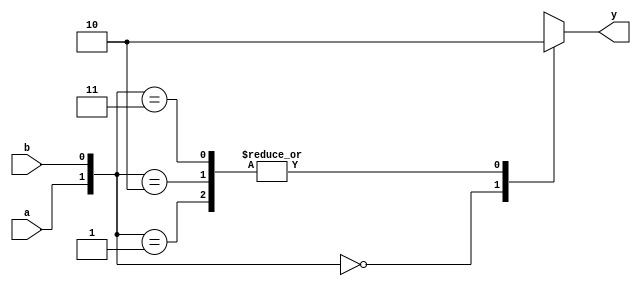
module norgate(a,b,y);
  
  input a,b;
  output reg y;
  
  always @ (a,b)
    begin
      case({a,b})
        2'b00: y=1;
        2'b01: y=0;
        2'b10: y=0;
        2'b11: y=0;        
      endcase
    end
  
  
endmodule